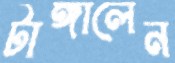
টাঙ্গালেন